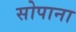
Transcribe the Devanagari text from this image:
सोपाना